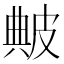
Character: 𤿶